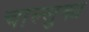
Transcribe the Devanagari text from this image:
चाल्लुक्य